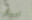
امسكوه